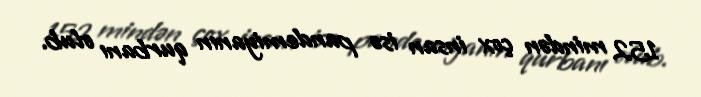
152 mindən çox insan isə pandemiyanın qurbanı olub.